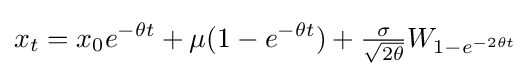
x_{t}=x_{0}e^{-\theta t}+\mu (1-e^{-\theta t})+{\tfrac {\sigma }{\sqrt {2\theta }}}W_{1-e^{-2\theta t}}